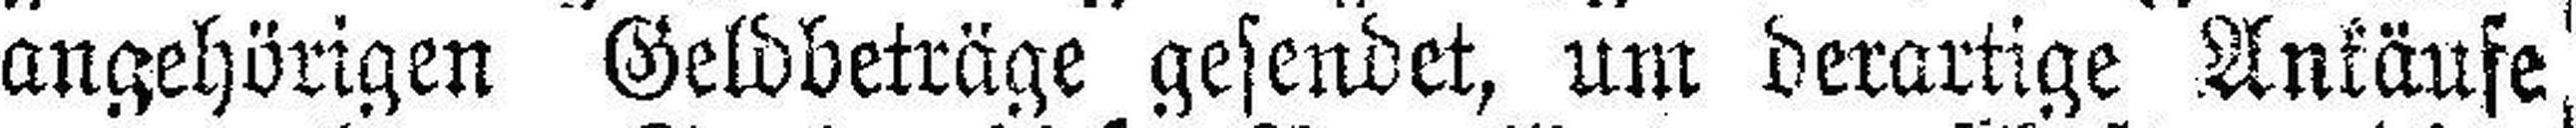
angehörigen Geldbeträge gesendet, um derartige Ankäufe